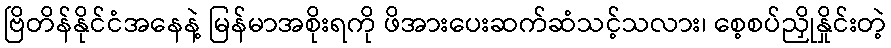
ဗြိတိန်နိုင်ငံအနေနဲ့ မြန်မာအစိုးရကို ဖိအားပေးဆက်ဆံသင့်သလား၊ စေ့စပ်ညှိုနှိုင်းတဲ့